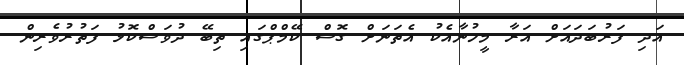
އަދި ފަރުބަދައަށް އަރާ މީހުނާއެކު އެތަނަށް ގޮސް ކޭމްޕްގައި ތިބޭ ދުވަސްކޮޅު ފަތުރުވެރިން